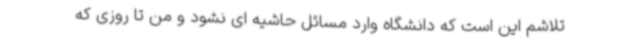
تلاشم این است که دانشگاه وارد مسائل حاشیه ای نشود و من تا روزی که